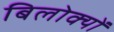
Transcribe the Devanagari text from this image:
बिलोक्यों